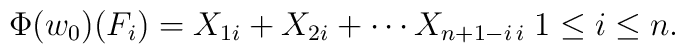
\Phi(w_{0})(F_{i})= X_{1i}+X_{2i}+\cdots X_{n+1-i\,i}\;1\leq i\leq n.